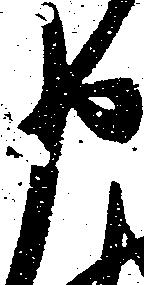
申